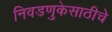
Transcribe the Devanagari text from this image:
निवडणुकेसाठीचे